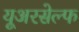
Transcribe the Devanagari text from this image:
यूअरसेल्फ